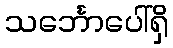
သင်္ဘောပေါ်ရှိ